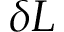
\delta L